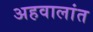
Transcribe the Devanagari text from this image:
अहवालांत